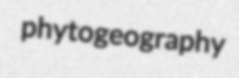
phytogeography